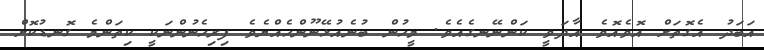
އަބަދު އެގޮތަށް އޮވެއޮވެ އާދަވީ ކަންނޭނގެއެވެ. މީހުން ބުނެއުޅޭނޫންހެއްޔެވެ ފިރިހެނުންނަކީ ކިތަންމެ ގޮނޑުކޮށް